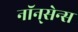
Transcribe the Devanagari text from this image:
नॉन्‌सेन्स